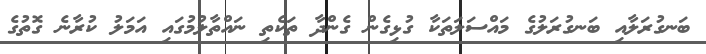
ބަނގުރަލާއި ބަނގުރަލުގެ މައްސަލަތަކާ ގުޅިގެން ގެންދާ ތަކެތި ނައްތާލުމުގައި އަމަލު ކުރާނެ ގޮތުގެ